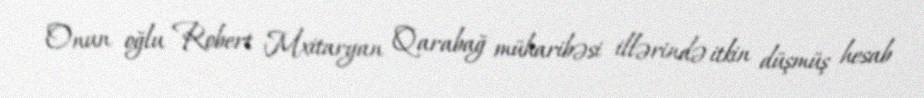
Onun oğlu Robert Mxitaryan Qarabağ müharibəsi illərində itkin düşmüş hesab